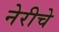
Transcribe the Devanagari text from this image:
नेरीचे